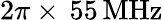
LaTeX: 2\pi\times\, 55\, \mathrm{MHz}